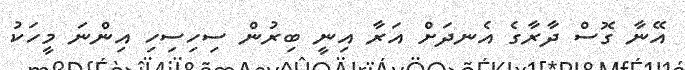
އޭނާ ގޮސް ދާރާގެ އެނދަށް އަރާ އިނީ ބިރުން ސިހިސިހި އިންނަ މީހަކު